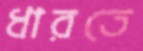
ধারতে